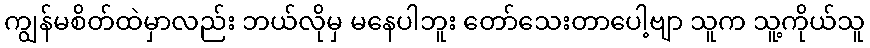
ကျွန်မစိတ်ထဲမှာလည်း ဘယ်လိုမှ မနေပါဘူး တော်သေးတာပေါ့ဗျာ သူက သူ့ကိုယ်သူ